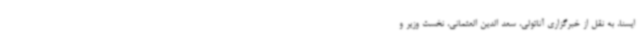
ایسنا، به نقل از خبرگزاری آناتولی، سعد الدین العثمانی، نخست وزیر و